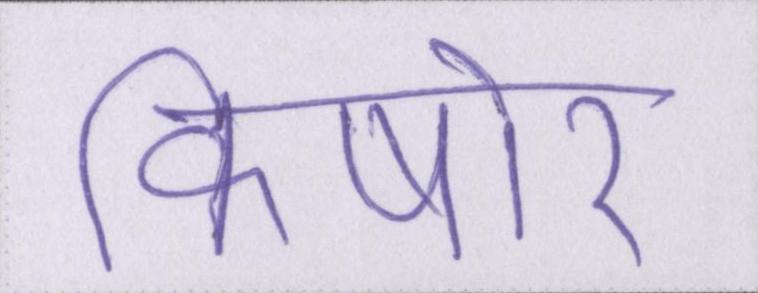
किषोर